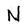
Character: N